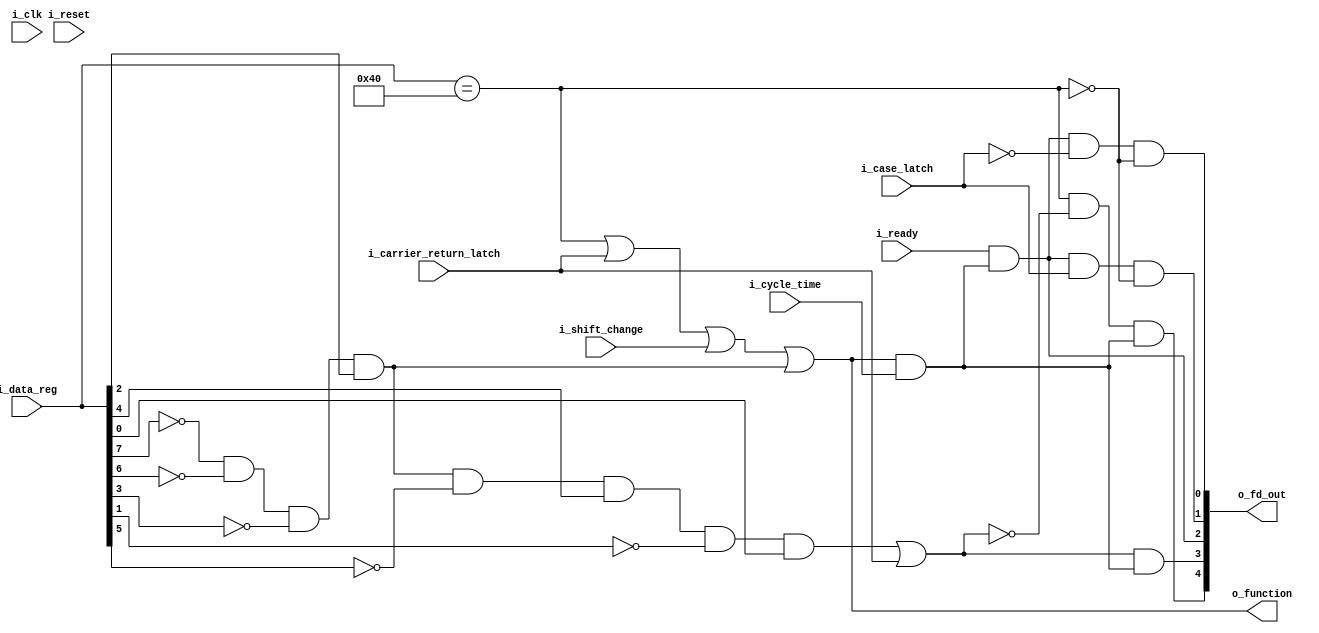
module cfdecode(i_clk, i_reset,
	i_data_reg,
	i_carrier_return_latch,
	i_shift_change,
	i_ready,
	i_cycle_time,
	i_case_latch,
	o_function,
	o_fd_out);

// verilator lint_off UNUSED
input wire i_clk;
input wire i_reset;
// verilator lint_on UNUSED

input wire [7:0] i_data_reg;
input wire i_carrier_return_latch;
input wire i_shift_change;
input wire i_ready;
input wire i_cycle_time;
input wire i_case_latch;
output wire o_function;
output wire [4:0] o_fd_out;

wire pick_space_magnet;
wire pick_crlf_magnet;
wire pick_ready;
wire pick_lc_magnet;
wire pick_uc_magnet;

wire space;
wire x_e8ctrl;
wire x_functcycle;
wire cr_and_lf;

assign o_fd_out = {pick_space_magnet, pick_crlf_magnet, pick_ready,
	pick_lc_magnet, pick_uc_magnet};

wire b0,b1,b2,b3,b4,b5,b6,b7;

assign {b0,b1,b2,b3,b4,b5,b6,b7} = i_data_reg;

assign space = i_data_reg == 8'h40;

// any ebcdic control character (that's also a ptt8 control char)
assign x_e8ctrl = ~b0 & ~b1 & ~b4 & b5;	// [0123][4567]
// 'h15 == nl newline
assign cr_and_lf = (x_e8ctrl & ~b2 & b3 & ~b6 & b7) | i_carrier_return_latch;

assign o_function = space | i_carrier_return_latch | i_shift_change | x_e8ctrl;
assign x_functcycle = o_function & i_cycle_time;

assign pick_space_magnet = space & ~cr_and_lf & x_functcycle;

assign pick_crlf_magnet = cr_and_lf & x_functcycle;

assign pick_ready = i_ready & x_functcycle;

assign pick_lc_magnet = pick_ready & i_case_latch & ~space;
assign pick_uc_magnet = pick_ready & ~i_case_latch & ~space;

endmodule